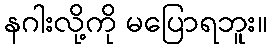
နဂါးလို့ကို မပြောရဘူး။